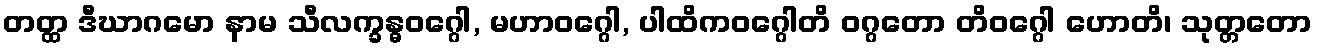
တတ္ထ ဒီဃာဂမော နာမ သီလက္ခန္ဓဝဂ္ဂေါ, မဟာဝဂ္ဂေါ, ပါထိကဝဂ္ဂေါတိ ဝဂ္ဂတော တိဝဂ္ဂေါ ဟောတိ၊ သုတ္တတော